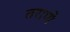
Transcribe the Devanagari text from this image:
तराणे